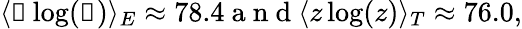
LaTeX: \begin{array}{r}{\langle\mathscr{z}\log(\mathscr{z})\rangle_{E}\approx 78.4\mathrm{~a~n~d~}\langle z\log(z)\rangle_{T}\approx 76.0,}\end{array}